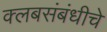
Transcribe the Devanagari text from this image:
क्लबसंबंधीचे